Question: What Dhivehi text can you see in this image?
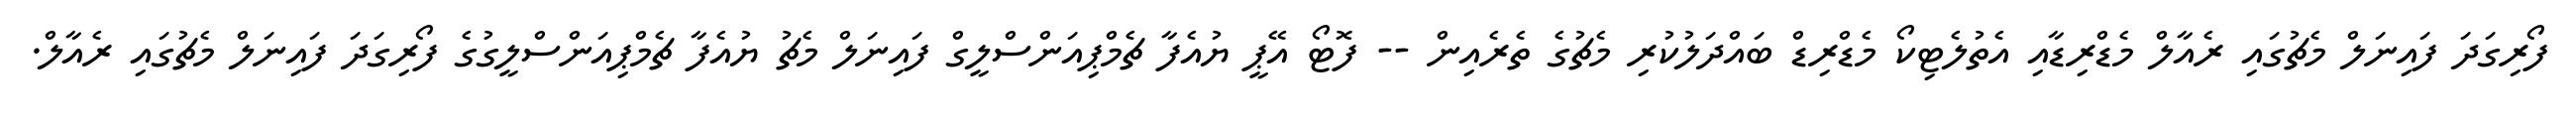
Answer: ފޯރިގަދަ ފައިނަލް މެޗުގައި ރެއާލް މެޑްރިޑާއި އެތުލެޓިކޯ މެޑްރިޑް ބައްދަލުކުރި މެޗުގެ ތެރެއިން -- ފޮޓޯ އޭޕީ ޔުއެފާ ޗެމްޕިއަންސްލީގް ފައިނަލް މެޗު ޔުއެފާ ޗެމްޕިއަންސްލީގުގެ ފޯރިގަދަ ފައިނަލް މެޗުގައި ރެއާލް.